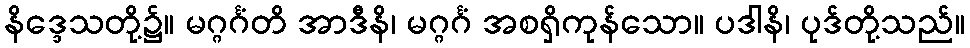
နိဒ္ဒေသတို့၌။ မဂ္ဂင်္ဂံတိ အာဒီနိ၊ မဂ္ဂင်္ဂံ အစရှိကုန်သော။ ပဒါနိ၊ ပုဒ်တို့သည်။